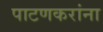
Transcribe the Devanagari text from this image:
पाटणकरांना